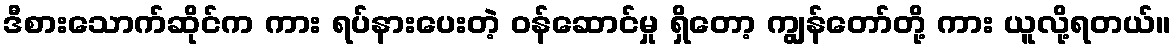
ဒီစားသောက်ဆိုင်က ကား ရပ်နားပေးတဲ့ ဝန်ဆောင်မှု ရှိတော့ ကျွန်တော်တို့ ကား ယူလို့ရတယ်။